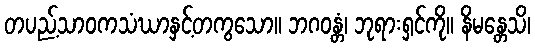
တပည့်သာဝကသံဃာနှင့်တကွသော။ ဘဂဝန္တံ၊ ဘုရားရှင်ကို။ နိမန္တေသိ၊